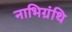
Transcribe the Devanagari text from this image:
नाभिग्रंथि